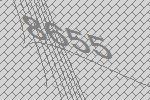
8655